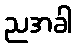
ညအခါ